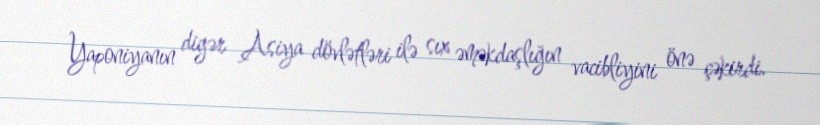
Yaponiyanın digər Asiya dövlətləri ilə sıx əməkdaşlığın vacibliyini önə çəkirdi.